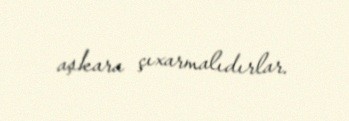
aşkara çıxarmalıdırlar.